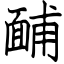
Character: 䩉